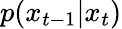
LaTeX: p(x_{t-1}|x_{t})